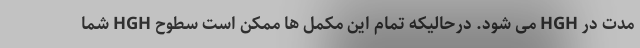
مدت در HGH می شود. درحالیکه تمام این مکمل ها ممکن است سطوح HGH شما